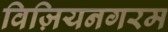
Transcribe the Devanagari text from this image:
विज़ियनगरम